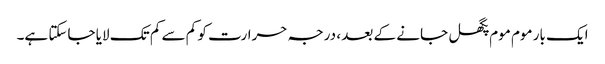
ایک بار موم موم پگھل جانے کے بعد ، درجہ حرارت کو کم سے کم تک لایا جاسکتا ہے۔